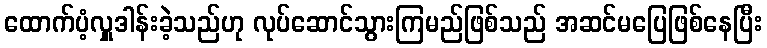
ထောက်ပံ့လှူဒါန်းခဲ့သည်ဟု လုပ်ဆောင်သွားကြမည်ဖြစ်သည် အဆင်မပြေဖြစ်နေပြီး